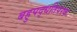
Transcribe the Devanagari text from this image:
बहुपद्धतिपरक